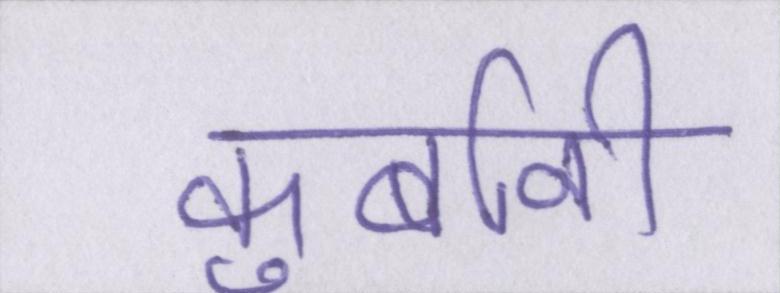
कुर्बानी